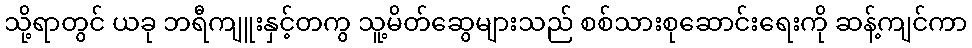
သို့ရာတွင် ယခု ဘရီကျူးနှင့်တကွ သူ့မိတ်ဆွေများသည် စစ်သားစုဆောင်းရေးကို ဆန့်ကျင်ကာ